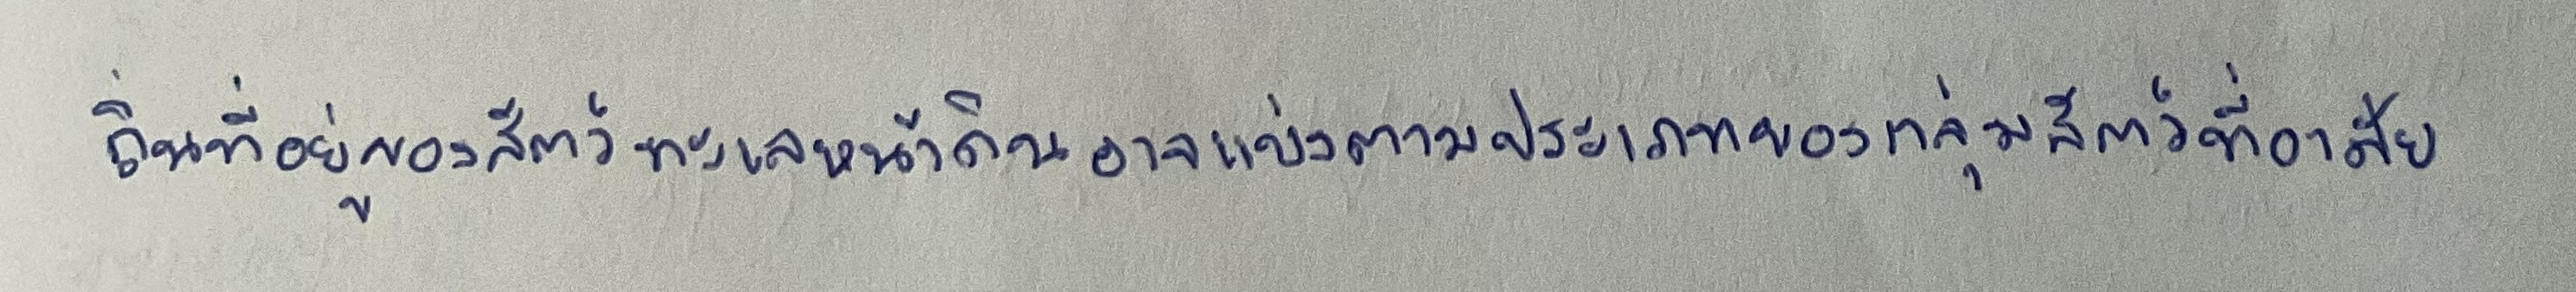
ถิ่นที่อยู่ของสัตว์ทะเลหน้าดินอาจแบ่งตามประเภทของกลุ่มสัตว์ที่อาศัย